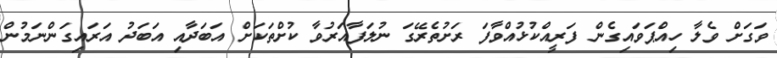
ވަގަށް ވެލާ ހިއްޕަވައިގެން ފަރީއްކުޅުއްވާފަ ރަށުތެރޭގަ ނުލަފާއަރުވާ ކުށްތަކަށް އަބަދާއި އަބަދު އަރައިގަންނަމުން